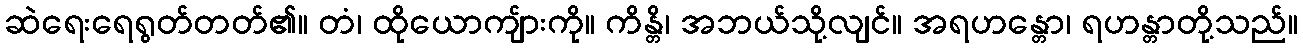
ဆဲရေးရေရွတ်တတ်၏။ တံ၊ ထိုယောကျ်ားကို။ ကိန္တိ၊ အဘယ်သို့လျင်။ အရဟန္တော၊ ရဟန္တာတို့သည်။